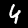
Digit: 4